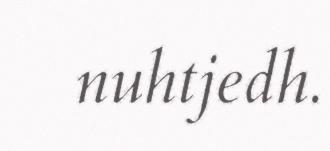
nuhtjedh.